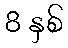
8 နှစ်